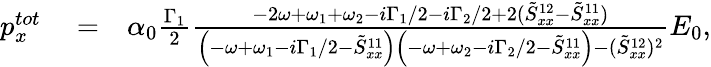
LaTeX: \begin{array}{rlr}{p_{x}^{tot}}&{{}=}&{\alpha_{0}\frac{\Gamma_{1}}{2}\frac{-2\omega+\omega_{1}+\omega_{2}-i\Gamma_{1}/2-i\Gamma_{2}/2+2(\tilde{S}_{xx}^{12}-\tilde{S}_{xx}^{11})}{\left(-\omega+\omega_{1}-i\Gamma_{1}/2-\tilde{S}_{xx}^{11}\right)\left(-\omega+\omega_{2}-i\Gamma_{2}/2-\tilde{S}_{xx}^{11}\right)-(\tilde{S}_{xx}^{12})^{2}}E_{0},}\end{array}